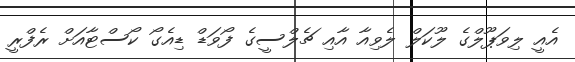
އެއީ ލިވަޕޫލްގެ ލޫކަލް ލެވިއާ އާއި ޗެލްސީގެ ފޯވަޑް ޑިއެގޯ ކޯސްޓާއަށް ރެފްރީ